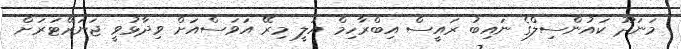
މަނަދޫ ކައުންސިލްގެ ނައިބު ރައީސް އިބްރާހިމް އަލީ މިރޭ އަވަސްއަށް ވިދާޅުވީ ޖަނަރޭޓަރަށް